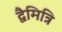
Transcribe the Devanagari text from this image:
द्वैमित्रि